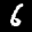
Label: 6